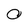
Character: O